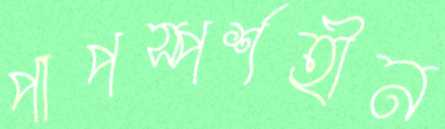
পাপস্পর্শহীন